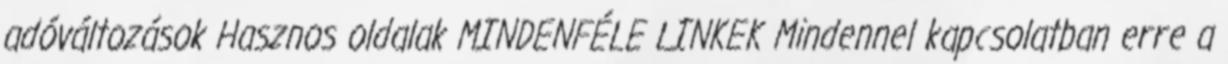
adóváltozások Hasznos oldalak MINDENFÉLE LINKEK Mindennel kapcsolatban erre a